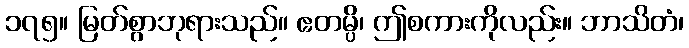
၁၇၅။ မြတ်စွာဘုရားသည်။ ဧတမ္ပိ၊ ဤစကားကိုလည်း။ ဘာသိတံ၊